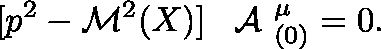
[ p ^ { 2 } - { \cal M } ^ { 2 } ( X ) ] \, \mathrm { \boldmath ~ { \cal ~ A } ~ } _ { ( 0 ) } ^ { \mu } = 0 .